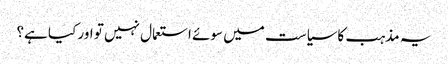
یہ مذہب کاسیاست میں سوئے استعمال نہیں تو اور کیا ہے؟